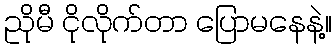
ညိုမီ ငိုလိုက်တာ ပြောမနေနဲ့။